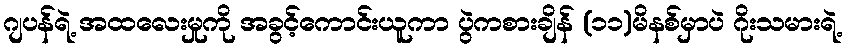
ဂျပန်ရဲ့ အထလေးမှုကို အခွင့်ကောင်းယူကာ ပွဲကစားချိန် (၁၁)မိနစ်မှာပဲ ဂိုးသမားရဲ့